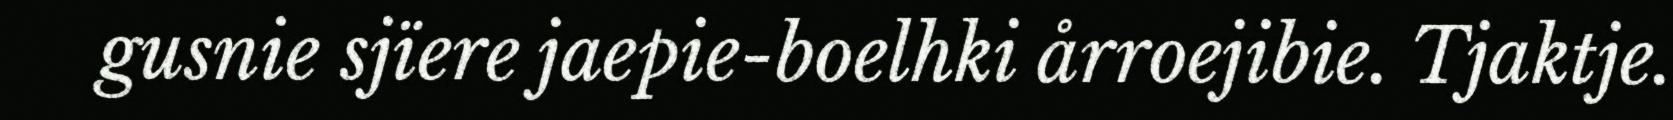
gusnie sjïere jaepie-boelhki årroejibie. Tjaktje.